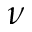
\nu